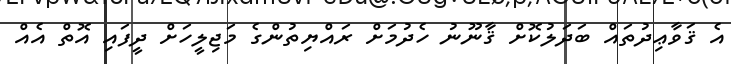
އެ ޤަވާޢިދުތައް ބަދަލުކޮށް ޤާނޫނު ހެދުމަށް ރައްޔިތުންގެ މަޖިލީހަށް ދީފައި އޮތް އެއް